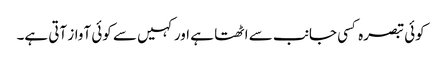
کوئی تبصرہ کسی جانب سے اٹھتا ہے اور کہیں سے کوئی آواز آتی ہے۔